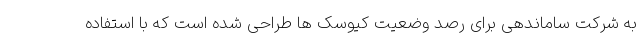
به شرکت ساماندهی برای رصد وضعیت کیوسک ها طراحی شده است که با استفاده